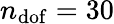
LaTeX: n_{\mathrm{dof}}=30